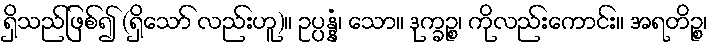
ရှိသည်ဖြစ်၍ (ရှိသော် လည်းဟူ)။ ဥပ္ပန္နံ၊ သော။ ဒုက္ခဉ္စ၊ ကိုလည်းကောင်း။ အရတိဉ္စ၊